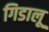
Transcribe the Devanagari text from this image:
गिडालू